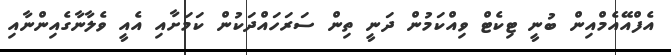
އެފްއޭއެމްއިން ބުނީ ޓިކެޓް ވިއްކަމުން ދަނީ ތިން ސަރަހައްދަކުން ކަމަށާއި އެއީ ވެލާނާގެއިންނާއި